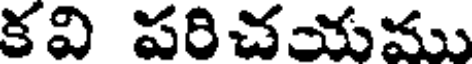
కవి పరిచయము